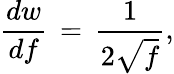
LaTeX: \frac{dw}{df}\, =\, \frac 1{2\sqrt f},